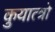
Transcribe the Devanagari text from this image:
कुयात्त्रो